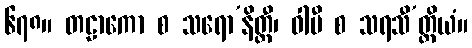
၆၇၈။ တဠာကော စ သရော’နိတ္ထီ၊ ဝါပီ စ သရသီ’တ္ထိယံ။